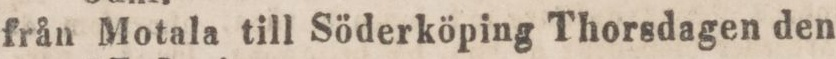
från Motala till Söderköping Thorsdagen den